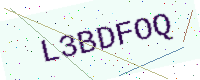
Text: L3BDFOQ